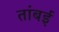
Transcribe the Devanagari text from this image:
तांबई